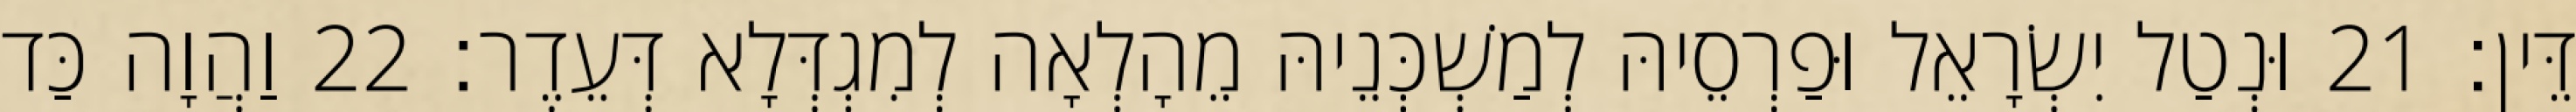
דֵּין׃ 21 וּנְטַל יִשְׂרָאֵל וּפַרְסֵיהּ לְמַשְׁכְּנֵיהּ מֵהָלְאָה לְמִגְדְּלָא דְּעֵדֶר׃ 22 וַהֲוָה כַּד